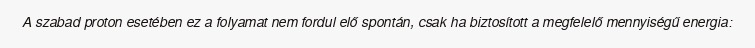
A szabad proton esetében ez a folyamat nem fordul elő spontán, csak ha biztosított a megfelelő mennyiségű energia: